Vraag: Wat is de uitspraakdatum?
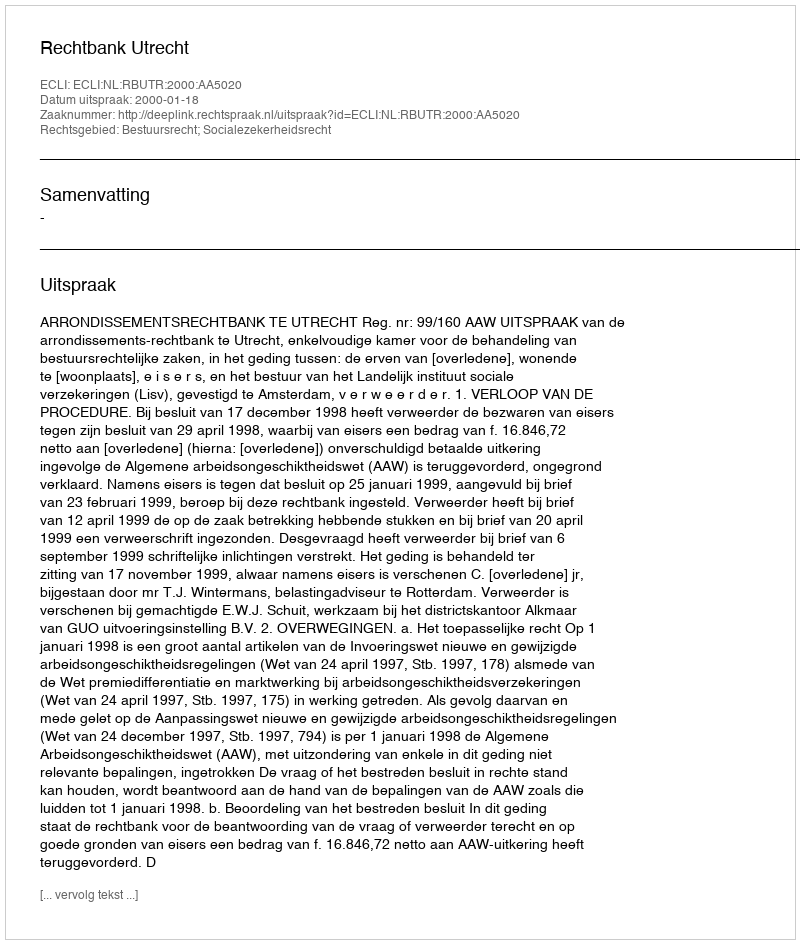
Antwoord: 2000-01-18